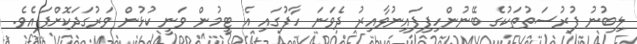
ލިބުނު ފުރުސަތުތަކުގެ ބޭނުންހިފިފައިނުވާއިރު ދެވަނަ ހާފުގައި އެ ޓީމުން ވަނީ ކުޅުން ވަރުގަދަކޮށްފައެވެ.